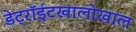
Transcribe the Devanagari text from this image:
डेट्रॉईटखालोखाल